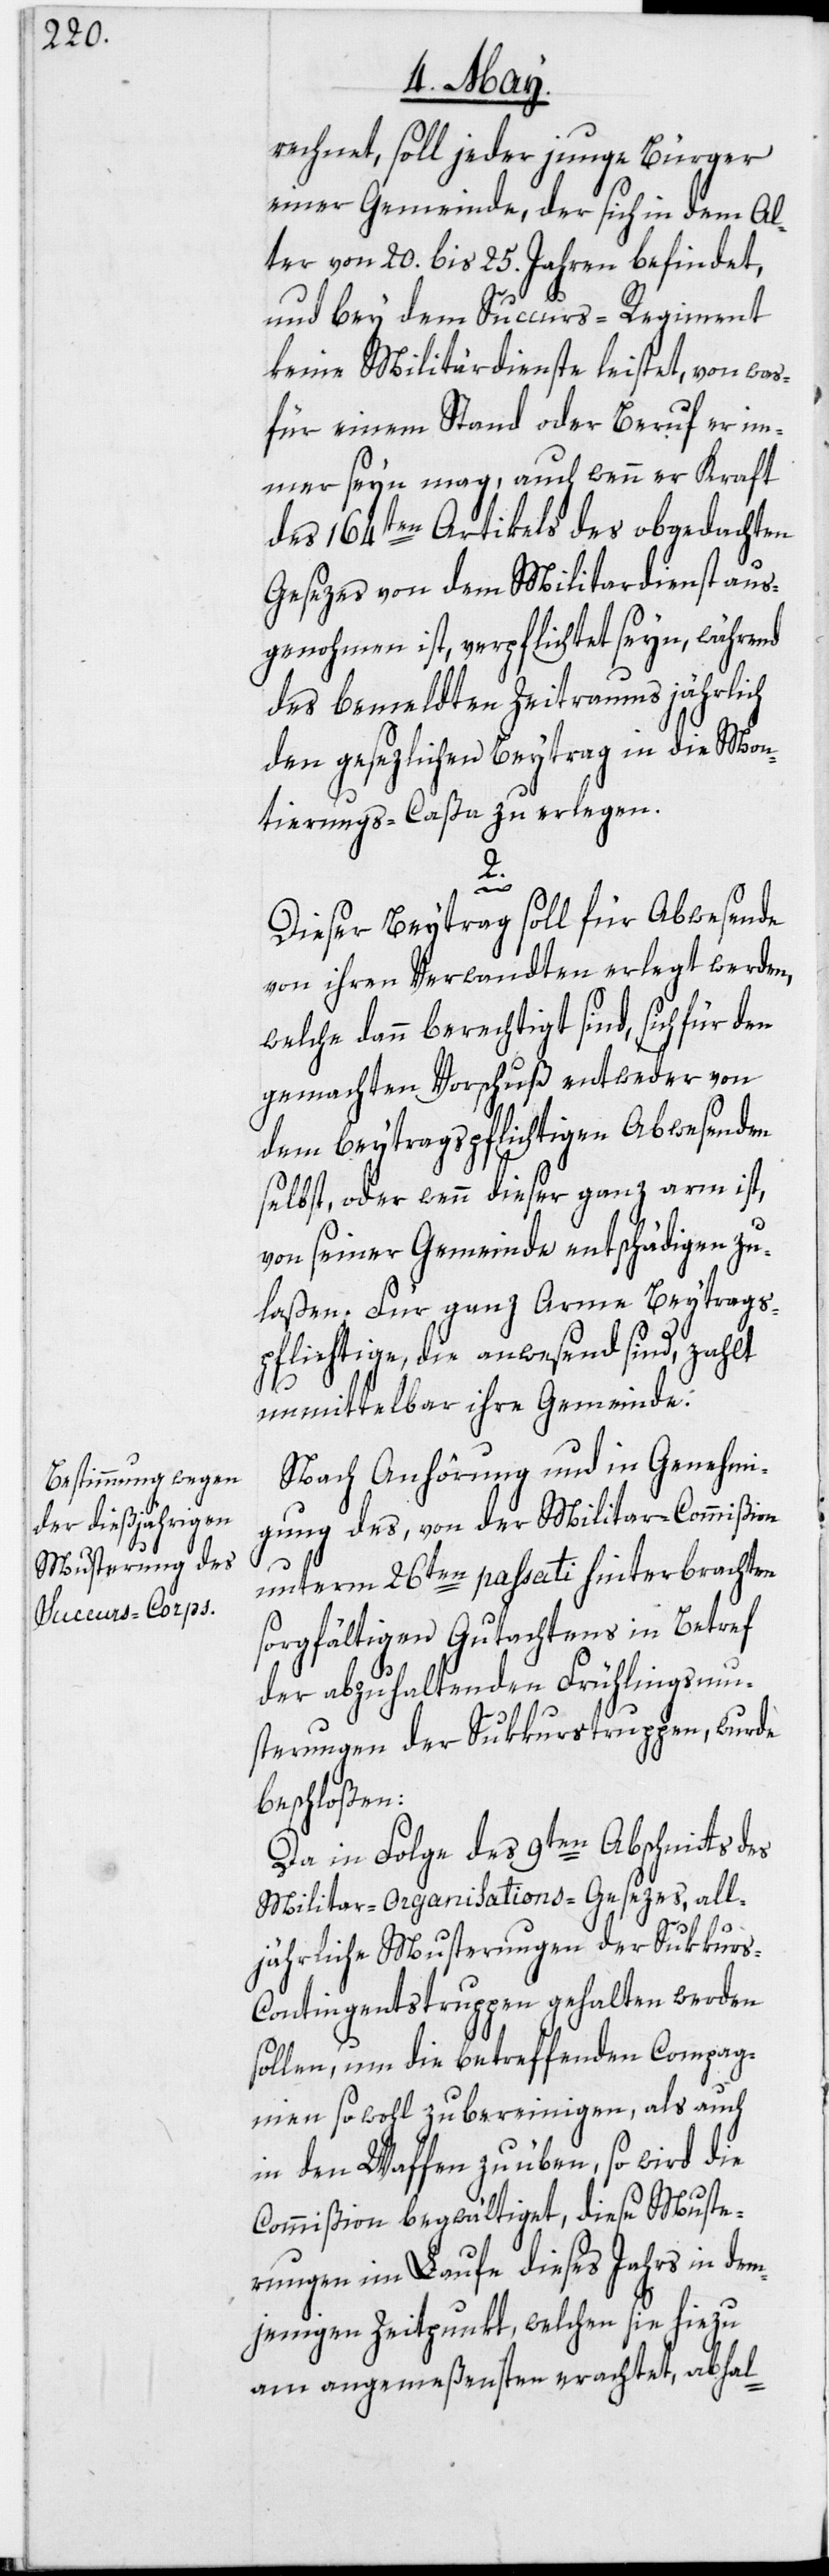
rechnet, soll jeder junge Bürger
einer Gemeinde, der sich in dem Al¬
ter von 20. bis 25. Jahren befindet,
und bey dem Succurs-Regiment
keine Militärdienste leistet, von was¬
für einem Stand oder Beruf er im¬
mer seyn mag, auch wenn er Kraft
des 164sten Artikels des obgedachten
Gesezes von dem Militardienst aus¬
genohmen ist, verpflichtet seyn, während
des bemeldten Zeitraums jährlich
den gesezlichen Beytrag in die Mon¬
tierungs-Caßa zu erlegen.
2.
Dieser Beytrag soll für Abwesende
von ihren Verwandten erlegt werden,
welche dann berechtigt sind, sich für den
gemachten Vorschuß entweder von
dem beytragspflichtigen Abwesenden
selbst, oder wenn dieser ganz arm ist,
von seiner Gemeinde entschädigen zu
laßen. Für ganz Arme Beytrags¬
pflichtige, die anwesend sind, zahlt
unmittelbar ihre Gemeinde.
Nach Anhörung und in Genehmi¬
gung des, von der Militar-Commißion
unterm 26ten passati hinterbrachten
sorgfältigen Gutachtens in Betref
der abzuhaltenden Frühlingsmu¬
sterungen der Sukkurstruppen, wurde
beschloßen:
Da in Folge des 9ten Abschnitts des
Militar-Organisations-Gesezes, all¬
jährliche Musterungen der Sukkur¬
s-Contingentstruppen gehalten werden
sollen, um die betreffenden Compag¬
nien sowohl zu bereinigen, als auch
in den Waffen zu üben, so wird die
Commißion begwältiget, diese Muste¬
rungen im Laufe dieses Jahrs in dem¬
jenigen Zeitpunkt, welchen sie hiezu
am angemeßensten erachtet, abhal-